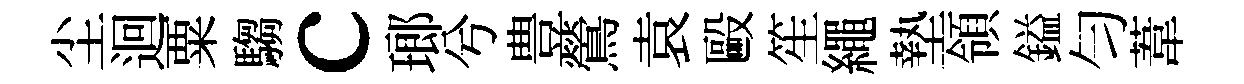
尘迴粟騶c瑯兮豊鶯袁毆笙繩墊領鎰匀葦